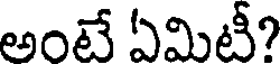
అంటే ఏమిటీ?